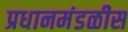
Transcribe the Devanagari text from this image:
प्रधानमंडळीस